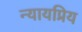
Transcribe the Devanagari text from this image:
न्‍यायप्रिय